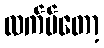
လက်ပ်တော့